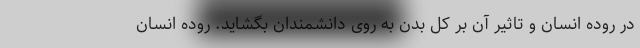
در روده انسان و تاثیر آن بر کل بدن به روی دانشمندان بگشاید. روده انسان